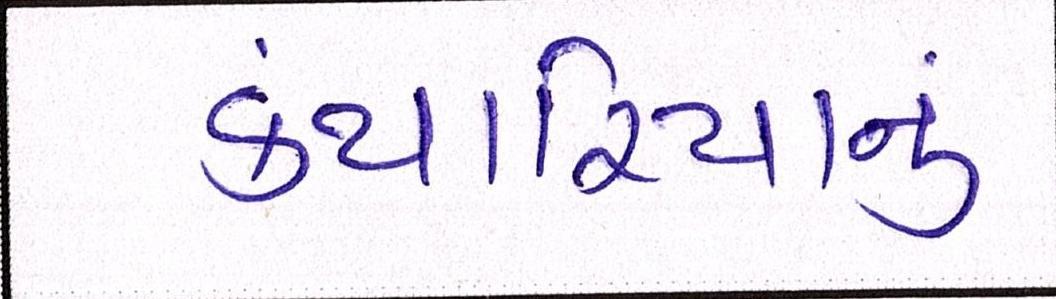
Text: કંથારિયાનું